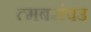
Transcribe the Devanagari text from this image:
त्मबसंपउ